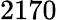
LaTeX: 2170